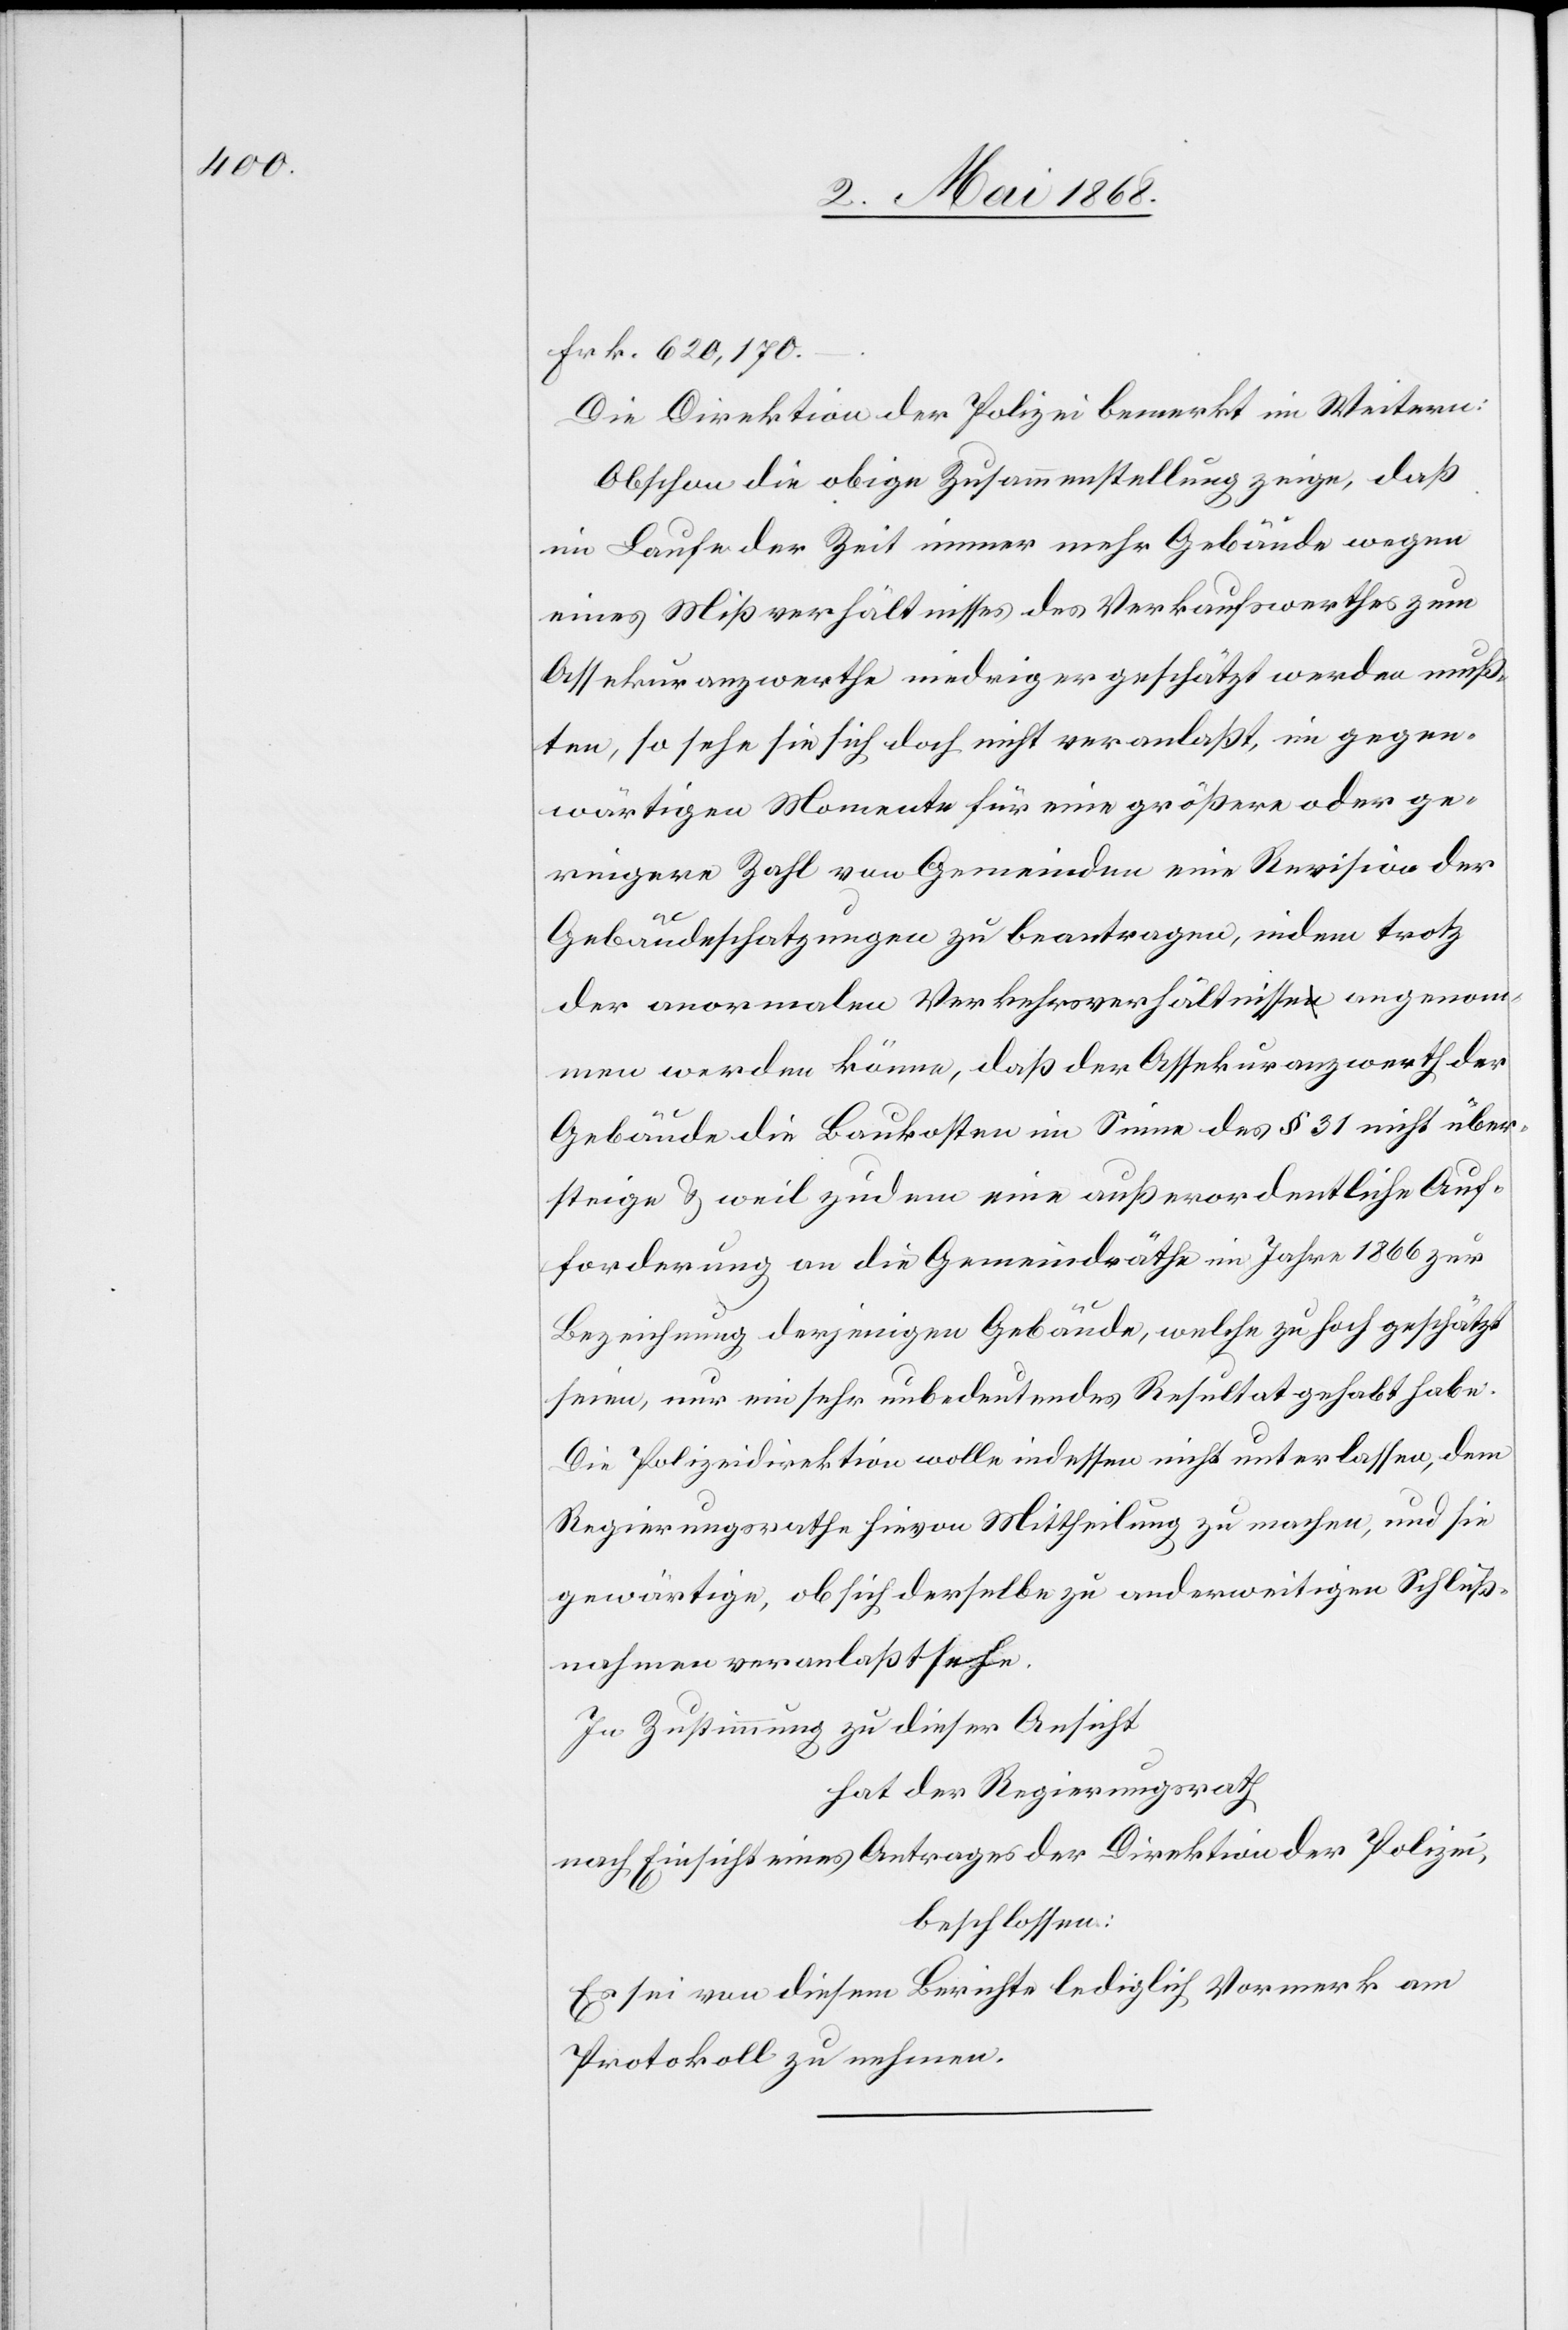
Frk. 620,170.
Die Direktion der Polizei bemerkt im Weitern:
Obschon die obige Zusammenstellung zeige, daß
im Laufe der Zeit immer mehr Gebäude wegen
eines Mißverhältnisses des Verkaufswerthes zum
Assekuranzwerthe niedriger geschätzt werden muß¬
ten, so sehe sie sich doch nicht veranlaßt, im gegen¬
wärtigen Momente für eine größere oder ge¬
ringere Zahl von Gemeinden eine Revision der
Gebäudeschatzungen zu beantragen, indem trotz
der anormalen Verkehrsverhältnisse angenom¬
men werden könne, daß der Assekuranzwerth der
Gebäude die Baukosten im Sinne des § 31 nicht über¬
steige & weil zudem eine außerordentliche Auf¬
forderung an die Gemeindräthe im Jahre 1866 zur
Bezeichnung derjenigen Gebäude, welche zu hoch geschätzt
seien, nur ein sehr unbedeutendes Resultat gehabt habe.
Die Polizeidirektion wolle indessen nicht unterlassen, dem
Regierungsrathe hievon Mittheilung zu machen, und sie
gewärtige, ob sich derselbe zu anderweitigen Schluß¬
nahmen veranlaßt sehe.
In Zustimmung zu dieser Ansicht
hat der Regierungsrath
nach Einsicht eines Antrages der Direktion der Polizei,
beschlossen:
Es sei von diesem Berichte lediglich Vormerk am
Protokoll zu nehmen.